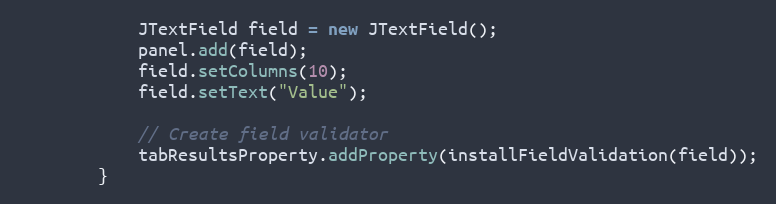
Language: Java
            JTextField field = new JTextField();
            panel.add(field);
            field.setColumns(10);
            field.setText("Value");

            // Create field validator
            tabResultsProperty.addProperty(installFieldValidation(field));
        }